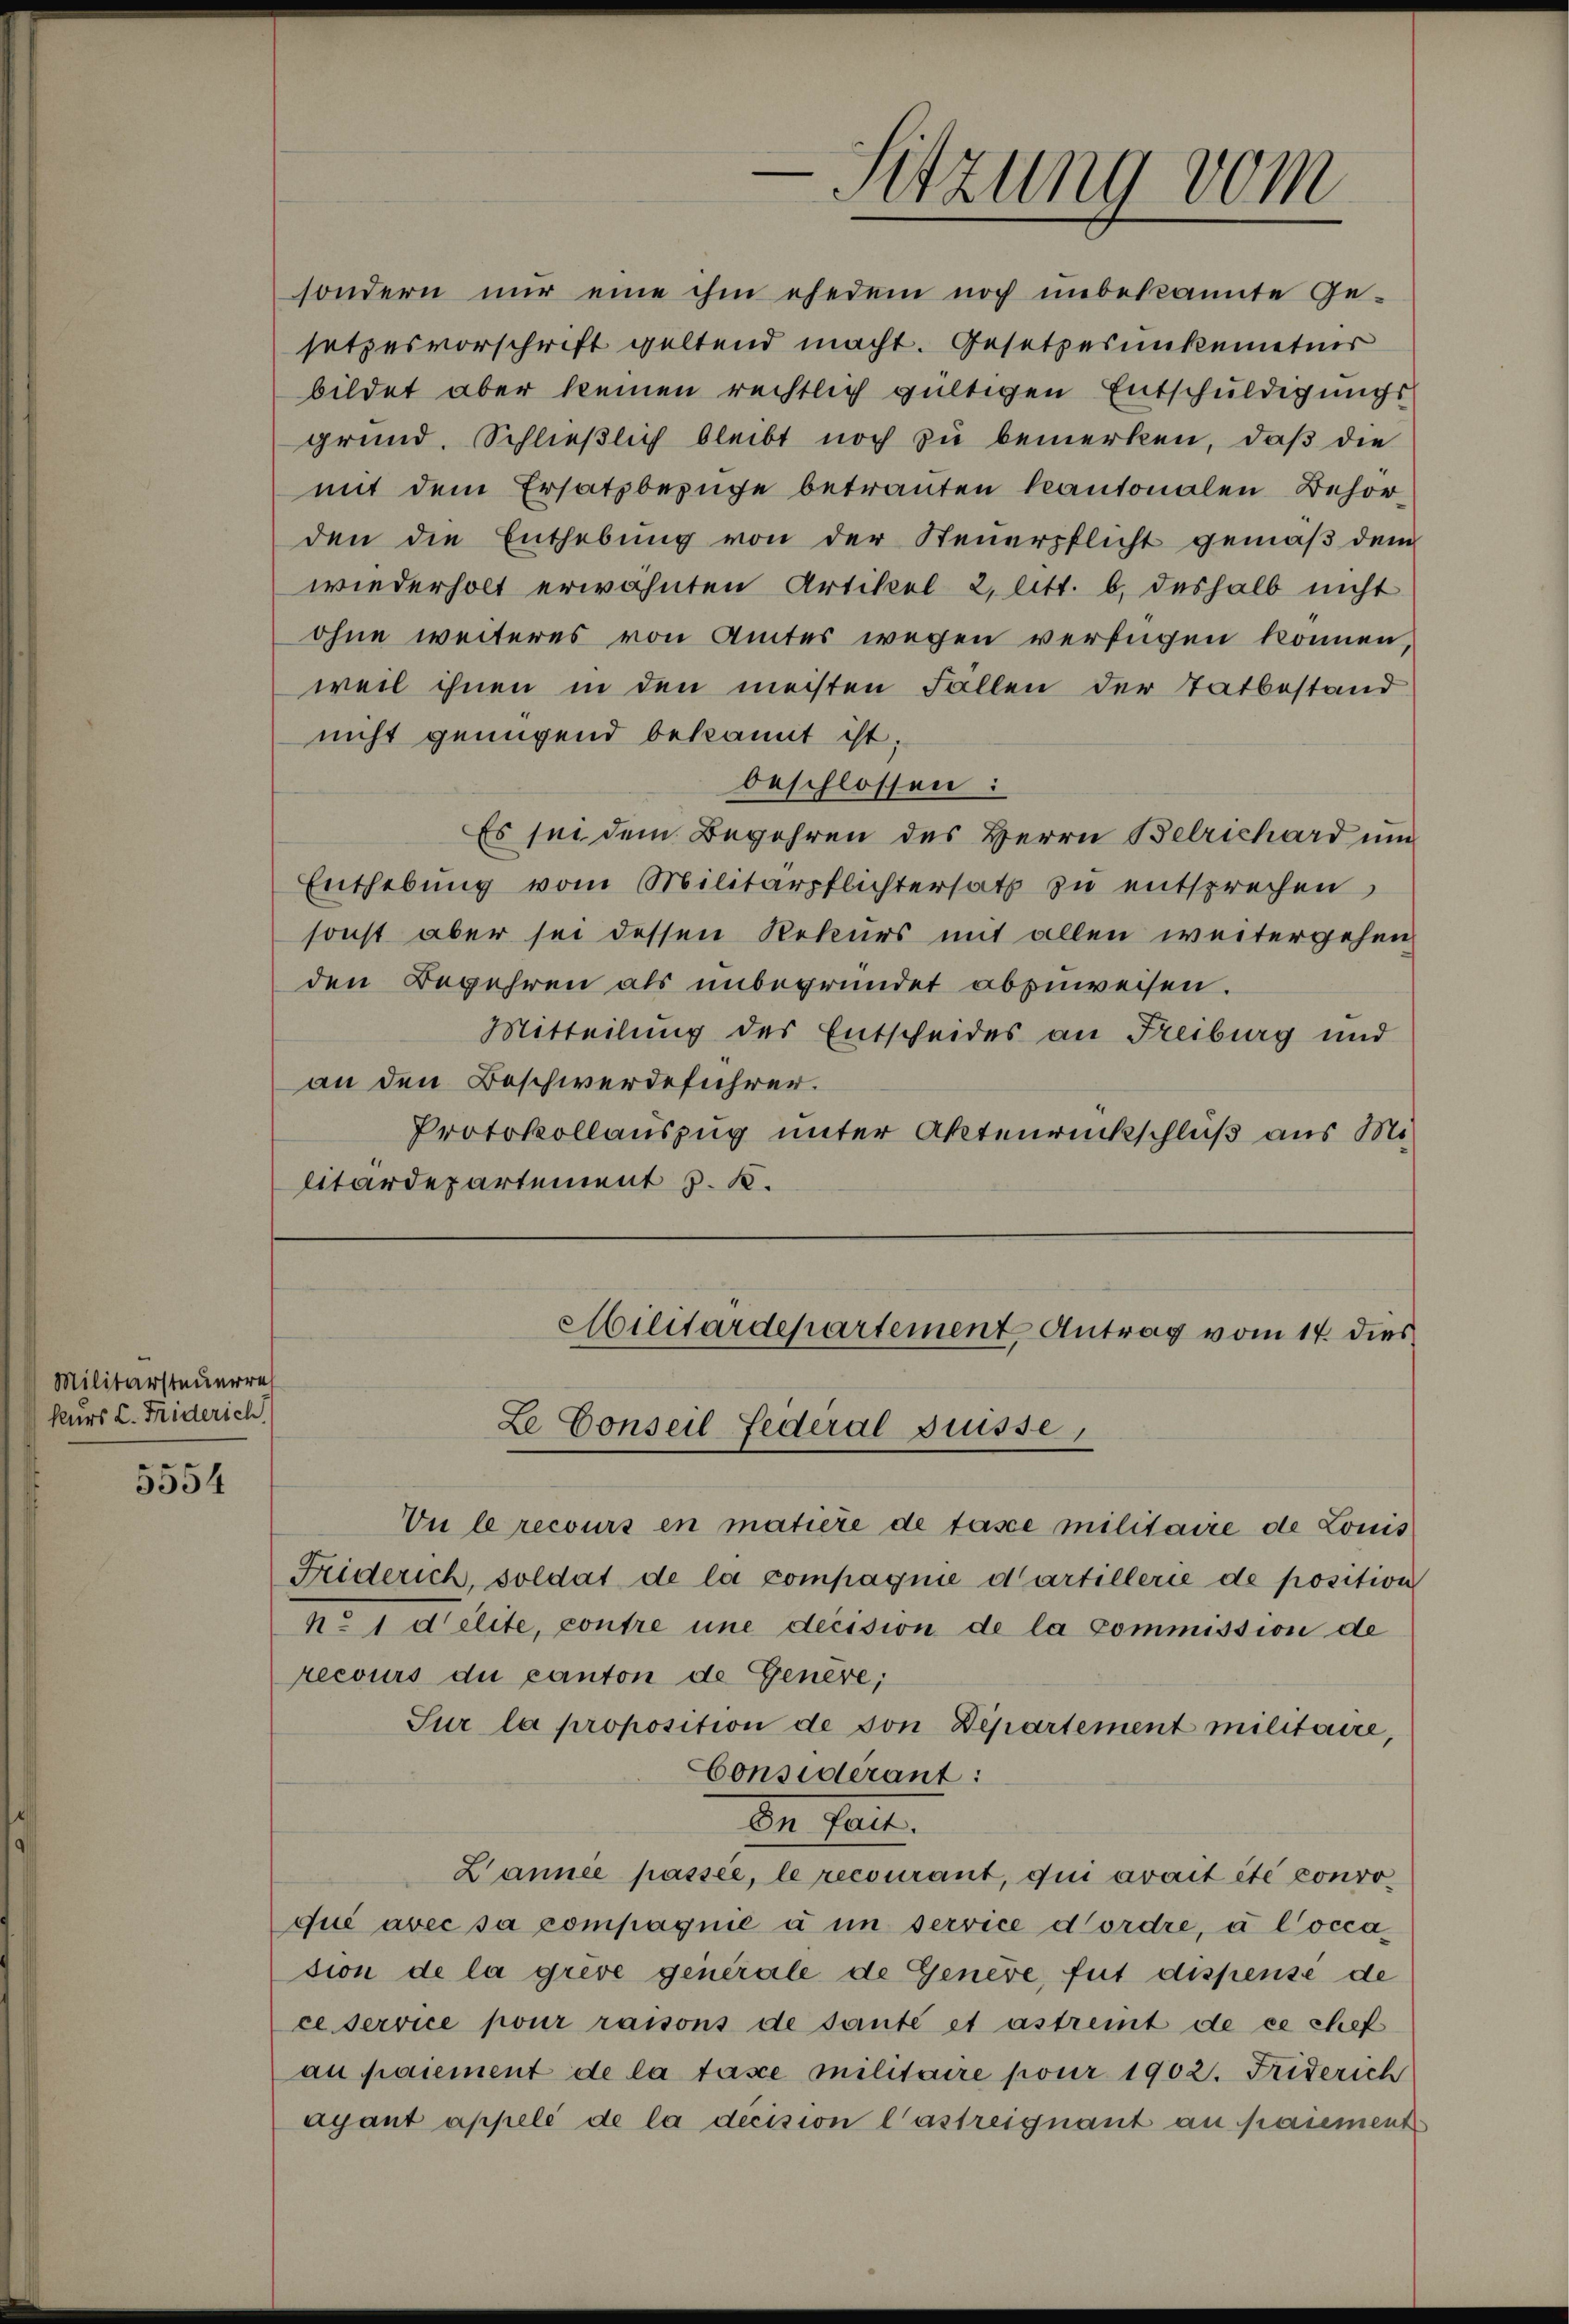
Militärsteuerrech
kurs L. Friderich

5554

sondern nur eine ihm ehedem noch unbekannte Ge-
setzesvorschrift geltend macht. Gesetzesunkentner
bildet aber keinen rechtlich gültigen Entschuldigungs
grund. Schließlich bleibt noch zu bemerken, daß die
mit dem Ersatzbezüge betrauten kantonalen Behörden die Enthebung von der Steuerpflicht gemäß dem
wiederholt erwähnten Artikel 2, litt. b. deshalb nicht
ohne weiteres von Amtes wegen verfügen können,
weil ihnen in den meisten Fällen der Tatbestand
nicht genügend bekannt ist.
beschlossen:
Es sei dem Begehren des Herrn Belrichard um
Enthebŭng vom Militärpflichtersatz zu entsprechen,
sonst aber sei dessen Rekurs mit allen weitergehen
den Begehren als unbegründet abzuweisen.
Mitteilung des Entscheides an Freiburg und
an den Beschwerdeführer.
Protokollauszug unter Aktenrückschluß aus Militärdepartement J. K.
Militärdepartement Antrag vom 14. dies
Le Conseil Federal puisse,
Vu le recours en matière de tasce militaire de Louis
Friderich, soldat de la compagnie dartillerie de position
No 1 delite, contre une decision de la commission de
recours du canton de Genere;
Sur la proposition de von Departement militaire,
Considérant:
En heut
L’année passée, le recourant, qui avait été convoque avec sa compagnie à in service dordre, u Cocca
sion de la grève generale de Genève, fut dispense de
ce service pour raisons de sante et astreit de ce chef
au paiement de la tasie militaire pour 1902. Friderich
ayant appelé de la décision lastreignant au paiement

.
Sitzung vom